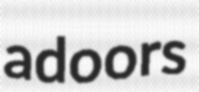
adoors